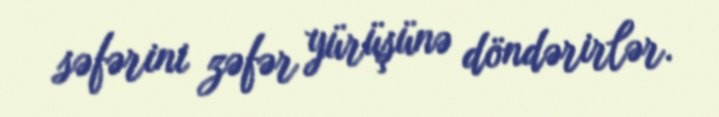
səfərini zəfər yürüşünə döndərirlər.